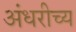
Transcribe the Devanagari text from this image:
अंधरीच्य